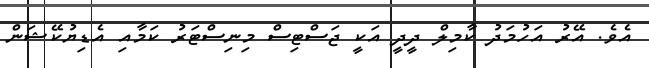
އެވެ. އޭރު އަހުމަދު ކާމިލް ދީދީ އަކީ ޖަސްޓިސް މިނިސްޓަރު ކަމާއި އެޑިޔުކޭޝަން